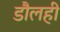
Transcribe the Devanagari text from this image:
डौलही